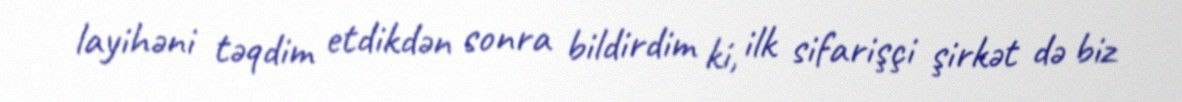
layihəni təqdim etdikdən sonra bildirdim ki, ilk sifarişçi şirkət də biz